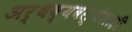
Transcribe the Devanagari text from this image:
अर्थव्यवस्थेलाही